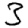
Digit: 3